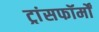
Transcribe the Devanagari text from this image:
ट्रांसफॉर्मों